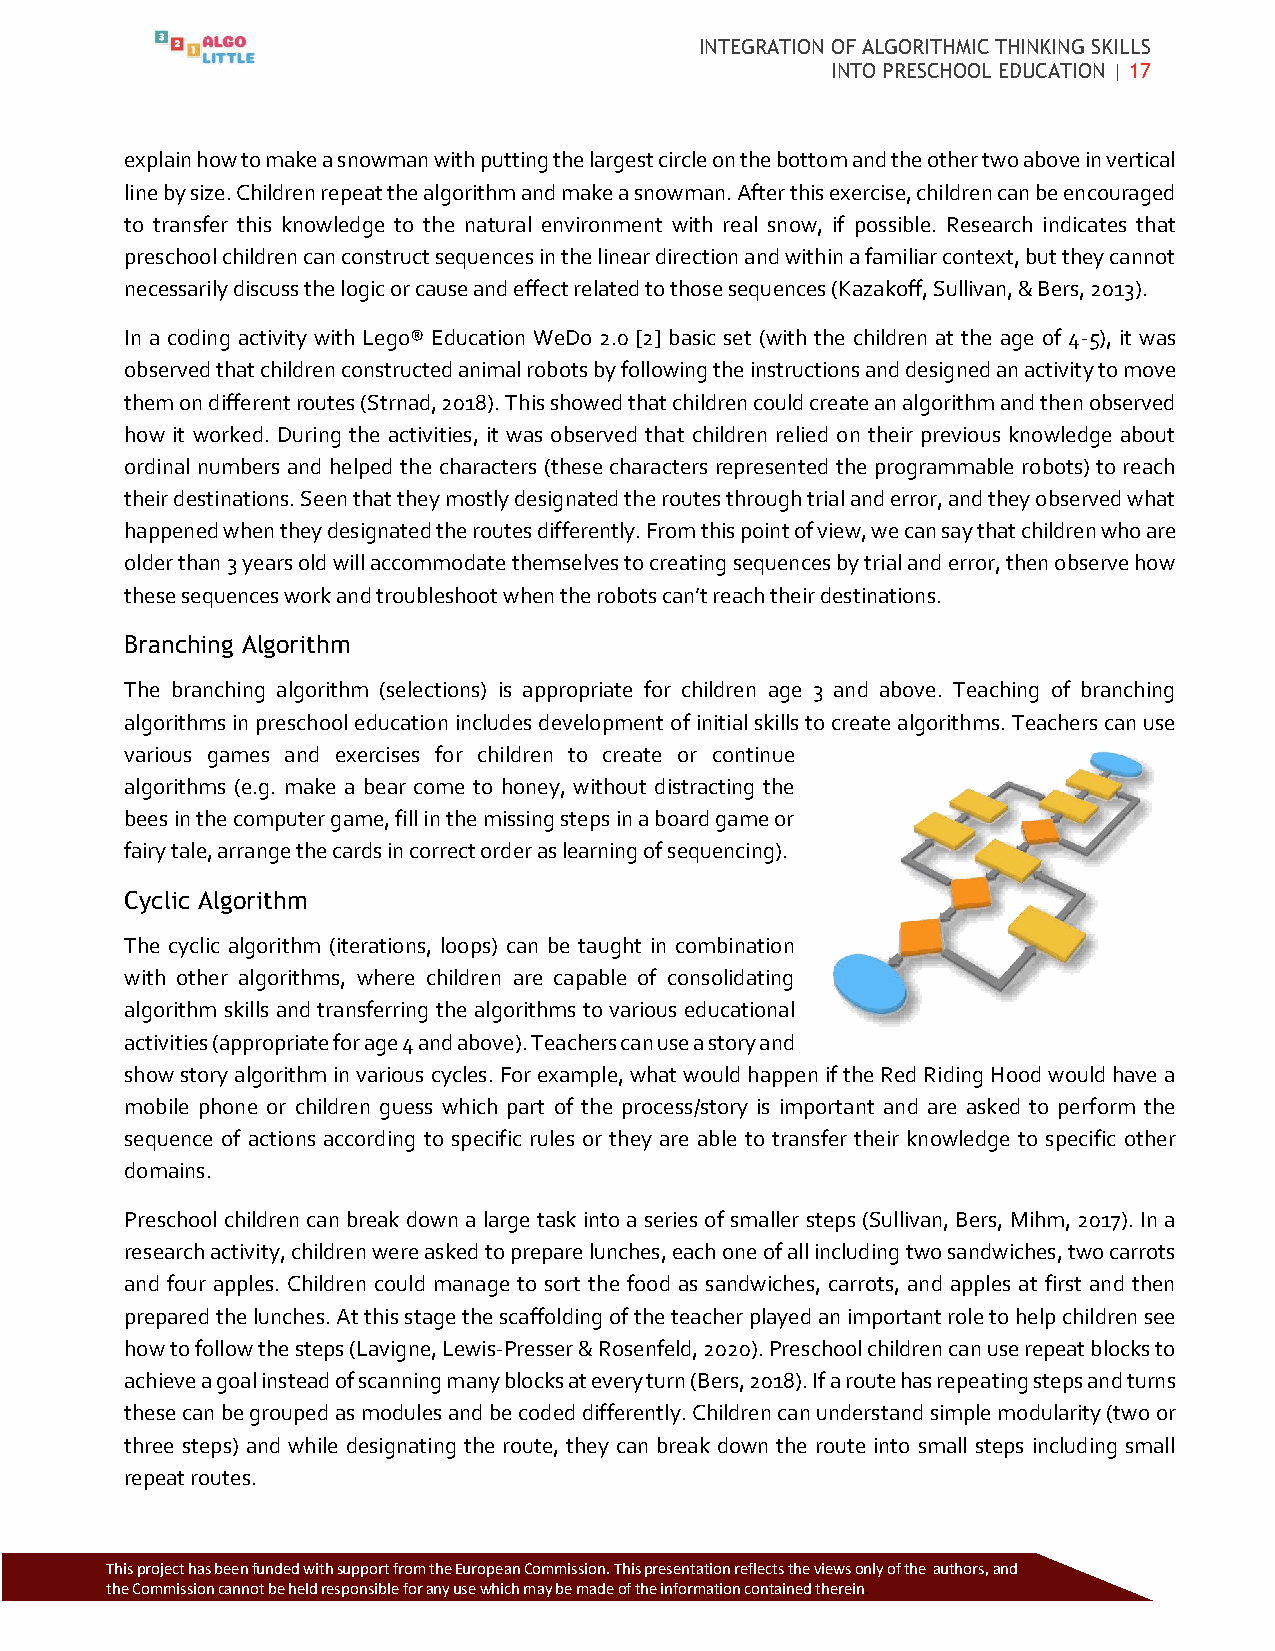
INTEGRATION OF ALGORITHMIC THINKING SKILLS
 INTO PRESCHOOL EDUCATION | 17
 explain how to make a snowman with putting the largest circle on the bottom and the other two above in vertical
 line by size. Children repeat the algorithm and make a snowman. After this exercise, children can be encouraged
 to transfer this knowledge to the natural environment with real snow, if possible. Research indicates that
 preschool children can construct sequences in the linear direction and within a familiar context, but they cannot
 necessarily discuss the logic or cause and effect related to those sequences (Kazakoff, Sullivan, & Bers, 2013).
 In a coding activity with Lego® Education WeDo 2.0 [2] basic set (with the children at the age of 4-5), it was
 observed that children constructed animal robots by following the instructions and designed an activity to move
 them on different routes (Strnad, 2018). This showed that children could create an algorithm and then observed
 how it worked. During the activities, it was observed that children relied on their previous knowledge about
 ordinal numbers and helped the characters (these characters represented the programmable robots) to reach
 their destinations. Seen that they mostly designated the routes through trial and error, and they observed what
 happened when they designated the routes differently. From this point of view, we can say that children who are
 older than 3 years old will accommodate themselves to creating sequences by trial and error, then observe how
 these sequences work and troubleshoot when the robots can’t reach their destinations.
 Branching Algorithm
 The branching algorithm (selections) is appropriate for children age 3 and above. Teaching of branching
 algorithms in preschool education includes development of initial skills to create algorithms. Teachers can use
 various games and exercises for children to create or continue
 algorithms (e.g. make a bear come to honey, without distracting the
 bees in the computer game, fill in the missing steps in a board game or
 fairy tale, arrange the cards in correct order as learning of sequencing).
 Cyclic Algorithm
 The cyclic algorithm (iterations, loops) can be taught in combination
 with other algorithms, where children are capable of consolidating
 algorithm skills and transferring the algorithms to various educational
 activities (appropriate for age 4 and above). Teachers can use a story and
 show story algorithm in various cycles. For example, what would happen if the Red Riding Hood would have a
 mobile phone or children guess which part of the process/story is important and are asked to perform the
 sequence of actions according to specific rules or they are able to transfer their knowledge to specific other
 domains.
 Preschool children can break down a large task into a series of smaller steps (Sullivan, Bers, Mihm, 2017). In a
 research activity, children were asked to prepare lunches, each one of all including two sandwiches, two carrots
 and four apples. Children could manage to sort the food as sandwiches, carrots, and apples at first and then
 prepared the lunches. At this stage the scaffolding of the teacher played an important role to help children see
 how to follow the steps (Lavigne, Lewis-Presser & Rosenfeld, 2020). Preschool children can use repeat blocks to
 achieve a goal instead of scanning many blocks at every turn (Bers, 2018). If a route has repeating steps and turns
 these can be grouped as modules and be coded differently. Children can understand simple modularity (two or
 three steps) and while designating the route, they can break down the route into small steps including small
 repeat routes.
 Thi s project has been funded with support from the European Commission. This p resentation reflects the views only of the authors, and
 the Commission cannot be held responsible for any use which may be made of the information contained therein.